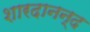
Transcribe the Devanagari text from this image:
शारदानन्द